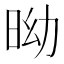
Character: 𣅺